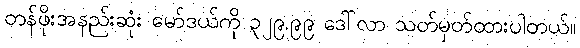
တန်ဖိုးအနည်းဆုံး မော်ဒယ်ကို ၃၂၉.၉၉ ဒေါ်လာ သတ်မှတ်ထားပါတယ်။